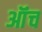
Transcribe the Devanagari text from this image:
ऑंच